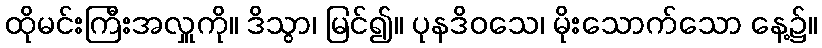
ထိုမင်းကြီးအလှူကို။ ဒိသွာ၊ မြင်၍။ ပုနဒိဝသေ၊ မိုးသောက်သော နေ့၌။